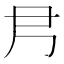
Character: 𡰴